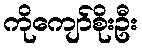
ကိုကျော်စိုးဦး